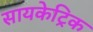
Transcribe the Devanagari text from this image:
सायकेट्रिक